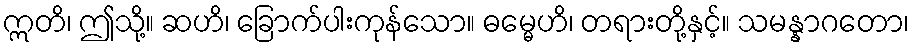
ဣတိ၊ ဤသို့။ ဆဟိ၊ ခြောက်ပါးကုန်သော။ ဓမ္မေဟိ၊ တရားတို့နှင့်။ သမန္နာဂတော၊